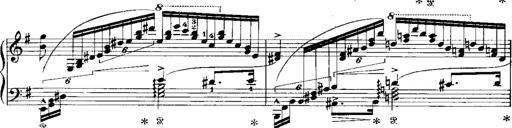
Title: RÃ©miniscences de Norma de Bellini
Composer: Franz Liszt